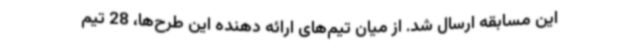
این مسابقه ارسال شد. از میان تیم‌های ارائه دهنده این طرح‌ها، 28 تیم